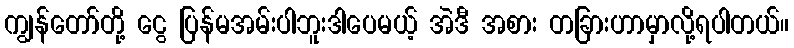
ကျွန်တော်တို့ ငွေ ပြန်မအမ်းပါဘူးဒါပေမယ့် အဲဒီ အစား တခြားဟာမှာလို့ရပါတယ်။